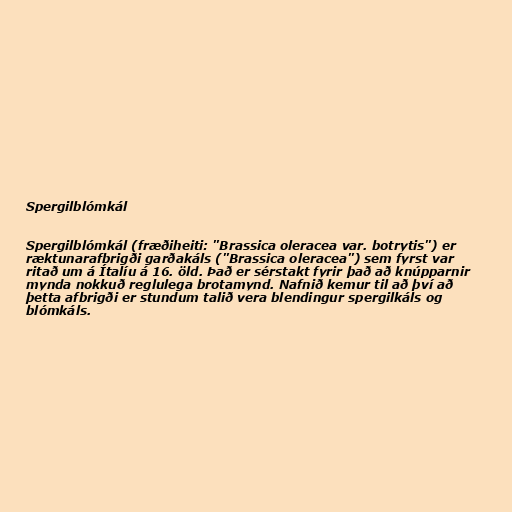
Spergilblómkál

Spergilblómkál (fræðiheiti: "Brassica oleracea var. botrytis") er
ræktunarafbrigði garðakáls ("Brassica oleracea") sem fyrst var
ritað um á Ítalíu á 16. öld. Það er sérstakt fyrir það að knúpparnir
mynda nokkuð reglulega brotamynd. Nafnið kemur til að því að
þetta afbrigði er stundum talið vera blendingur spergilkáls og
blómkáls.